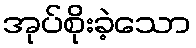
အုပ်စိုးခဲ့သော